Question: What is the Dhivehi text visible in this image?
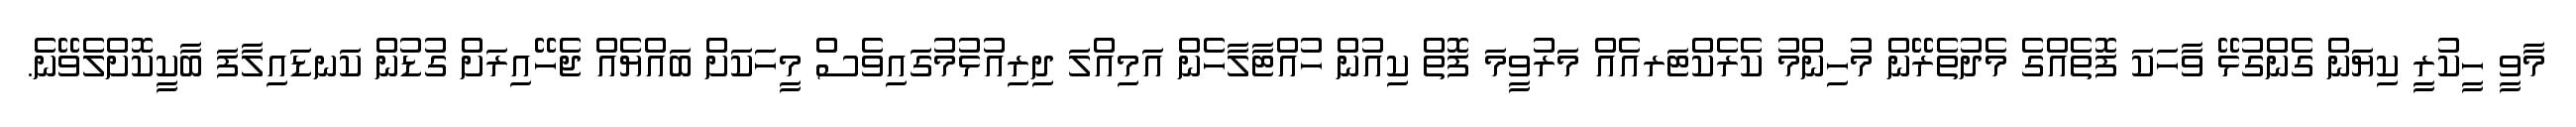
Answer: މާވީ ހީކުރީ ކިޔަން ގެންގުޅޭ ވާހަކަ ފޮތެއްގެ މެދުތެރޭން މުހިންމު ކެރެކްޓަރއެއް މަރުވީމަ ފޮތް ކިއުން ހުއްޓާލާހެން އަމިއްލަ ދިރިއުޅުމުގައިވެސް މީހަކަށް ބައްޔެއް ޖެހޭއިރަށް ގުޑުން ކަނޑައިލާފަ ބާކީކޮށްލެވޭނެ.